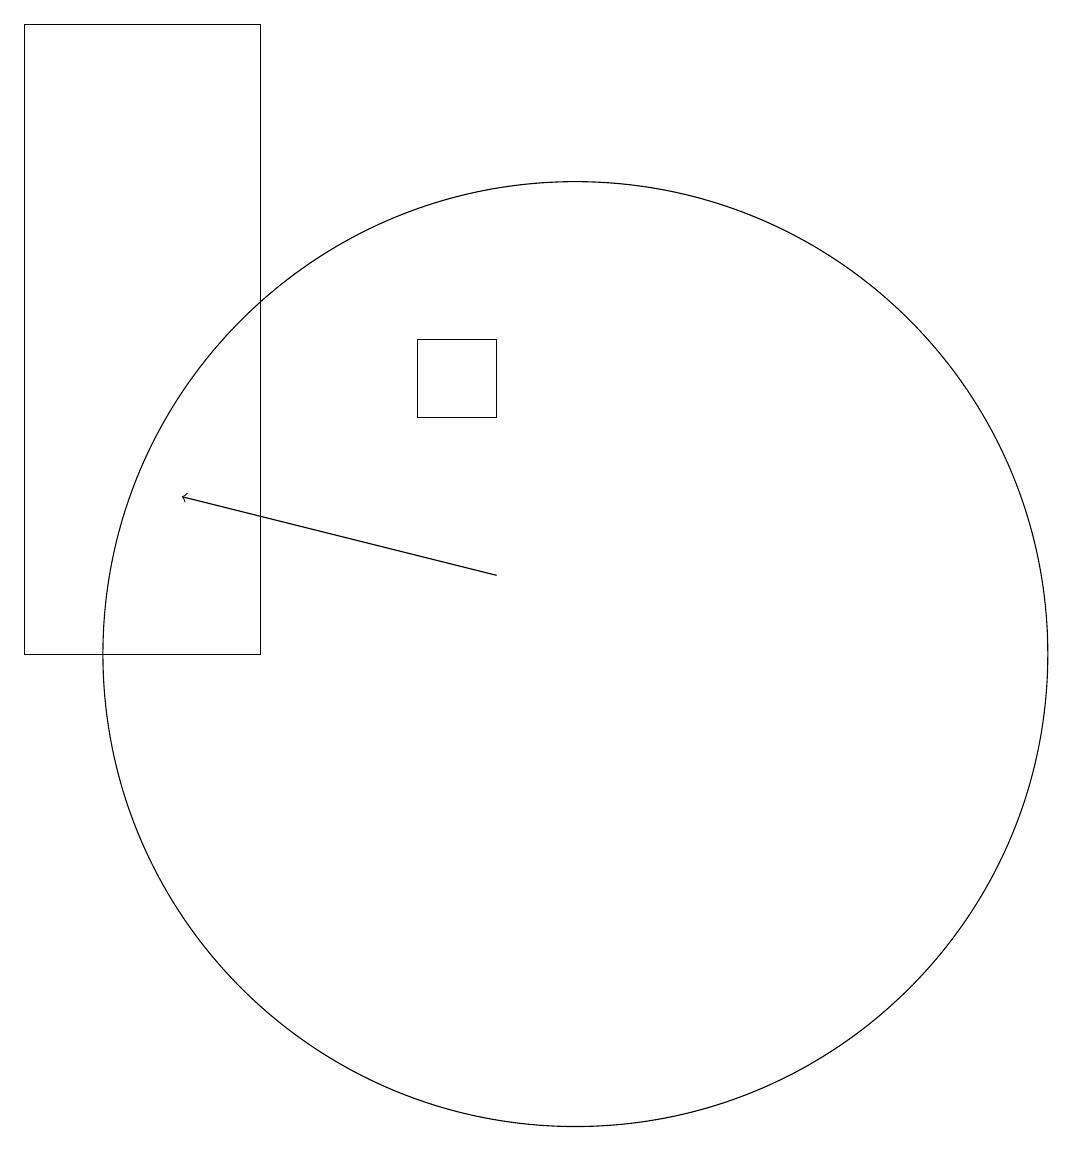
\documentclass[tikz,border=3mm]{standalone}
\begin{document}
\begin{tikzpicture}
\draw (10,11) circle (6);
\draw[->] (9,12) -- (5,13);
\draw (8,14) rectangle (9,15);
\draw (6,19) rectangle (3,11);
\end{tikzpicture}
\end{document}